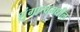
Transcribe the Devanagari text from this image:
शृंगाश्वमधील